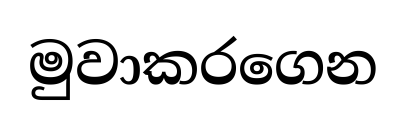
මුවාකරගෙන